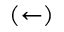
( \leftarrow )